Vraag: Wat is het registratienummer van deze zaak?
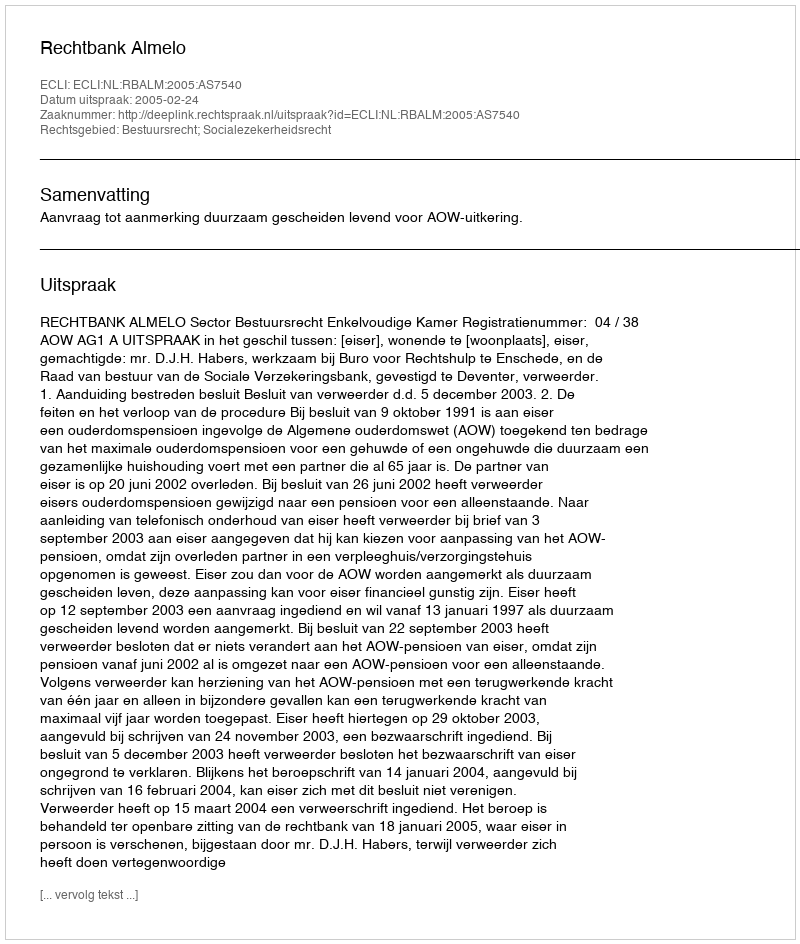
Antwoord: http://deeplink.rechtspraak.nl/uitspraak?id=ECLI:NL:RBALM:2005:AS7540